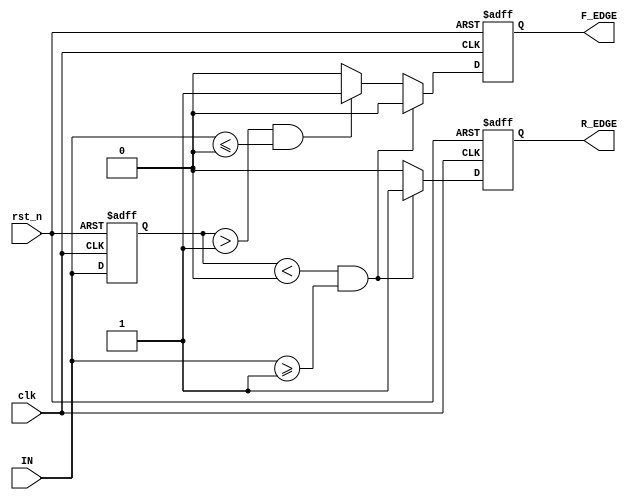
module schmitt_trigger_edge_detector (
    input wire clk,          // Clock signal
    input wire rst_n,       // Active-low reset signal
    input wire IN,          // Input signal
    output reg R_EDGE,      // Rising edge output
    output reg F_EDGE       // Falling edge output
);

// Schmitt Trigger thresholds (example values, customizable)
parameter THRESHOLD_LOW   = 1'b0; // Low threshold
parameter THRESHOLD_HIGH  = 1'b1; // High threshold

// Memory elements to store the previous state
reg previous_state;

always @(posedge clk or negedge rst_n) begin
    if (!rst_n) begin
        // Reset state
        previous_state <= THRESHOLD_LOW;
        R_EDGE <= 1'b0;
        F_EDGE <= 1'b0;
    end else begin
        // Detect edges
        R_EDGE <= 1'b0; // Default value
        F_EDGE <= 1'b0; // Default value

        // Rising edge detection
        if (previous_state < THRESHOLD_LOW && IN >= THRESHOLD_HIGH) begin
            R_EDGE <= 1'b1; // Set rising edge output
        end 
        
        // Falling edge detection
        else if (previous_state > THRESHOLD_HIGH && IN <= THRESHOLD_LOW) begin
            F_EDGE <= 1'b1; // Set falling edge output
        end 
        
        // Update previous state
        previous_state <= IN;
    end
end

endmodule